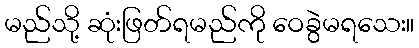
မည်သို့ ဆုံးဖြတ်ရမည်ကို ဝေခွဲမရသေး။